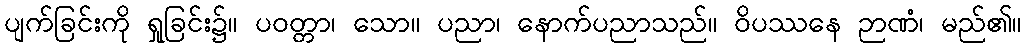
ပျက်ခြင်းကို ရှုခြင်း၌။ ပဝတ္တာ၊ သော။ ပညာ၊ နောက်ပညာသည်။ ဝိပဿနေ ဉာဏံ၊ မည်၏။